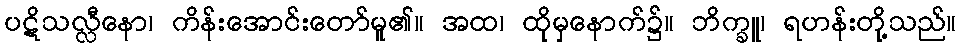
ပဋိသလ္လီနော၊ ကိန်းအောင်းတော်မူ၏။ အထ၊ ထိုမှနောက်၌။ ဘိက္ခူ၊ ရဟန်းတို့သည်။